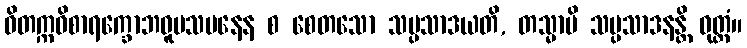
ဝိတက္ကဝိစာရက္ခောဘဝူပသမနေန စ စေတသော သမ္ပသာဒယတိ, တသ္မာပိ သမ္ပသာဒနန္တိ ဝုတ္တံ။